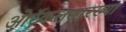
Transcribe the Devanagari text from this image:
ओरॅकलसारख्या